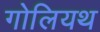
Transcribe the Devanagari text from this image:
गोलियथ